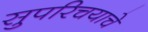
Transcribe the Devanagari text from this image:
सुपरिचयाचे